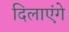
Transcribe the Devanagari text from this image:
दिलाएंगे